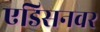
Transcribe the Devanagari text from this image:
एडिसनवर